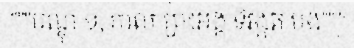
"""បណ្ឌុ ១, កាល ព្រះអង្គ ទិវង្គត បង់"""